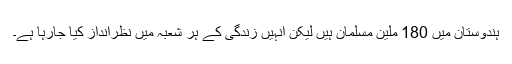
ہندوستان میں 180 ملین مسلمان ہیں لیکن انہیں زندگی کے ہر شعبہ میں نظرانداز کیا جارہا ہے۔